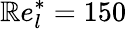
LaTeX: \mathbb{R}e_{l}^{*}=150